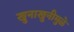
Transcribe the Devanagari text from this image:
खुनाखुनीमुळे